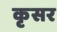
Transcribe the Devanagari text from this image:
कृसर